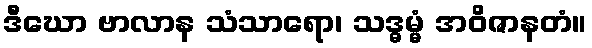
ဒီဃော ဗာလာန သံသာရော၊ သဒ္ဓမ္မံ အဝိဇာနတံ။